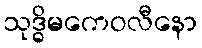
သုဒ္ဓိမကေဝလီနော